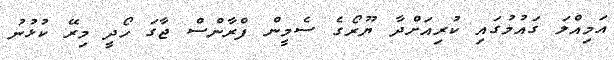
އަމިއްލަ ގައުމުގައި ކުރިއަށްދާ ޔޫރޯގެ ސެމީން ފްރާންސް ޖާގަ ހޯދީ މިރޭ ކުޅުނު